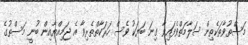
މަސްތުވާތަކެތިން ސަލާމަތްވެފައިވާ ގިނަ ބަޔަކު ވެސް ހަރަކާތްތެރިވާ އެ ޖަމިއްޔާއިން ބުނީ މަސްތުގެ